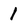
Character: 1